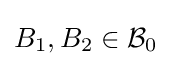
B_{1},B_{2}\in {\mathcal {B}}_{0}